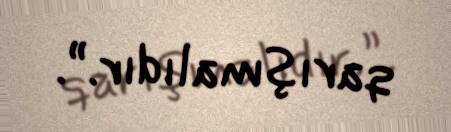
qarışmalıdır.”.